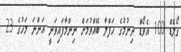
ގޯލްޑް 100 އެވޯޑް ދިނުމުގެ ހަފްލާ ބޭއްވުމަށް ނިންމާފައިވަނީ އަންނަ މަހުގެ 23